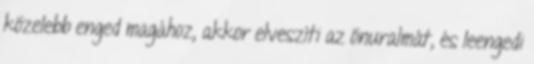
közelebb enged magához, akkor elveszíti az önuralmát, és leengedi